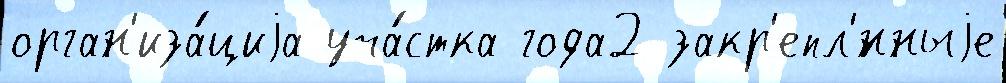
орган'иза́циjа уча́стка года2 закр'епл'́нныjе